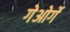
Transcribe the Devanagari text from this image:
गेओर्गे